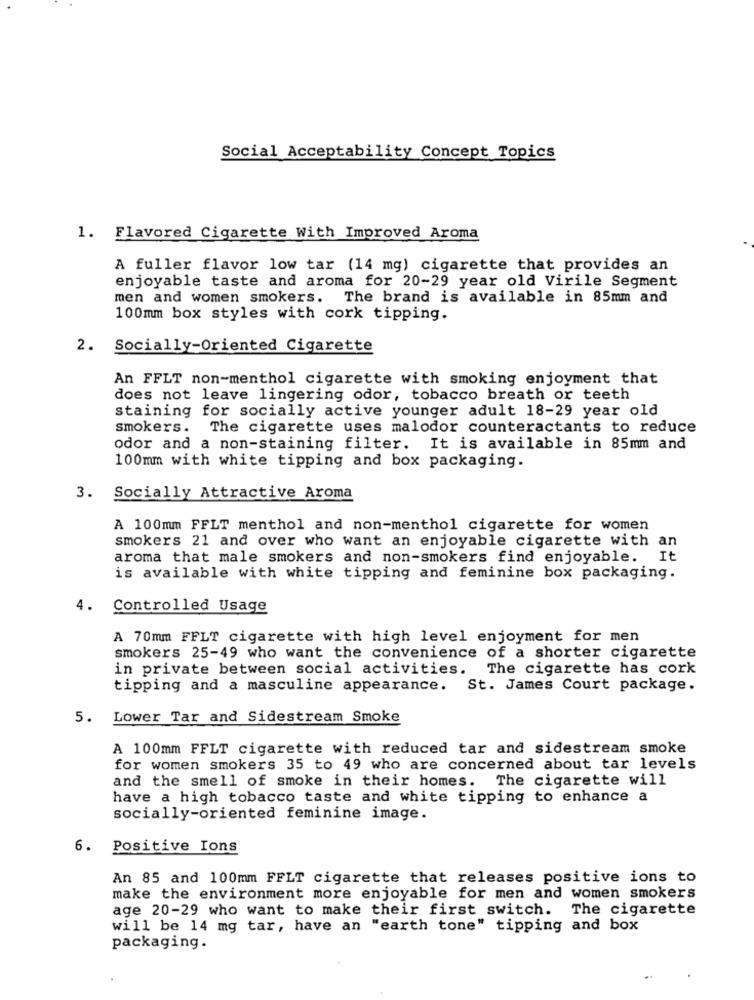
Social Acceptability Concept Topics
1. Flavored Cigarette With Improved Aroma
A fuller flavor low tar (14 mg) cigarette that provides an
enjoyable taste and aroma for 20-29 year old Virile Segment
men and women smokers. The brand is available in 85mm and
100mm box styles with cork tipping.
2. Socially-Oriented Cigarette
An FFLT non-menthol cigarette with smoking enjoyment that
does not leave lingering odor, tobacco breath or teeth
staining for socially active younger adult 18-29 year old
smokers. The cigarette uses malodor counteractants to reduce
odor and a non-staining filter. It is available in 85mm and
100mm with white tipping and box packaging.
3. Socially Attractive Aroma
A 100mm FFLT menthol and non-menthol cigarette for women
smokers 21 and over who want an enjoyable cigarette with an
aroma that male smokers and non-smokers find enjoyable. It
is available with white tipping and feminine box packaging.
4.
Controlled Usage
A 70mm FFLT cigarette with high level enjoyment for men
smokers 25-49 who want the convenience of a shorter cigarette
in private between social activities. The cigarette has cork
tipping and a masculine appearance. St. James Court package.
5. Lower Tar and Sidestream Smoke
A 100mm FFLT cigarette with reduced tar and sidestream smoke
for women smokers 35 to 49 who are concerned about tar levels
and the smell of smoke in their homes. The cigarette will
have a high tobacco taste and white tipping to enhance a
socially-oriented feminine image.
6. Positive Ions
An 85 and 100mm FFLT cigarette that releases positive ions to
make the environment more enjoyable for men and women smokers
age 20-29 who want to make their first switch. The cigarette
will be 14 mg tar, have an "earth tone" tipping and box
packaging.